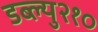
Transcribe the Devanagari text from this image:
डब्ल्यु२१०